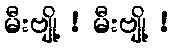
မီးဗျို့ ! မီးဗျို့ !